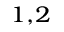
^ { 1 , 2 }